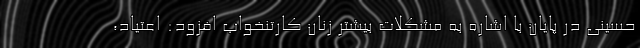
حسینی در پایان با اشاره به مشکلات بیشتر زنان کارتنخواب افزود: اعتیاد،